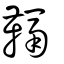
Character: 鞷